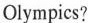
Olympics?